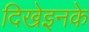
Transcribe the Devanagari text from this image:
दिखेइनके